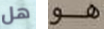
هل هو